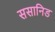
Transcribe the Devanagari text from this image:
ससानिड